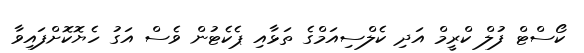
ކޯސްޓް ފުލް ކްރީމް އަދި ކެލްސިއަމްގެ ތަޅާއި ޕެކެޓުން ވެސް އަގު ހެޔޮކޮށްފައިވާ